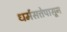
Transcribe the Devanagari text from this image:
धर्मसत्तेपासून